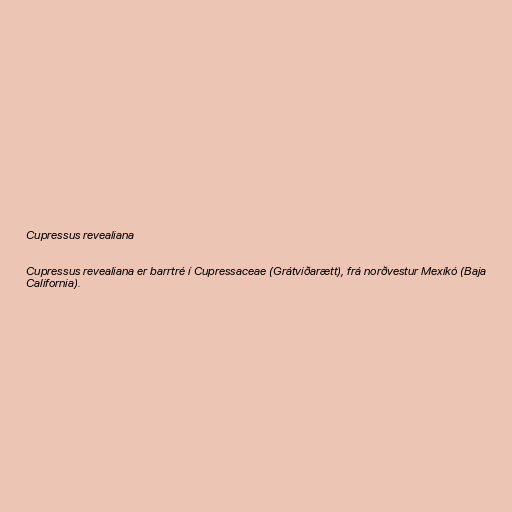
Cupressus revealiana

Cupressus revealiana er barrtré í Cupressaceae (Grátviðarætt), frá norðvestur Mexíkó (Baja
California).